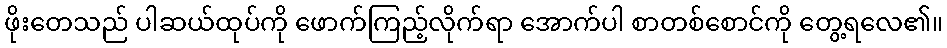
ဖိုးတေသည် ပါဆယ်ထုပ်ကို ဖောက်ကြည့်လိုက်ရာ အောက်ပါ စာတစ်စောင်ကို တွေ့ရလေ၏။